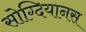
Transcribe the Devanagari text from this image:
सोग्दियानस